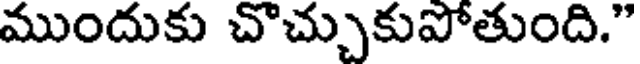
ముందుకు చొచ్చుకుపోతుంది."